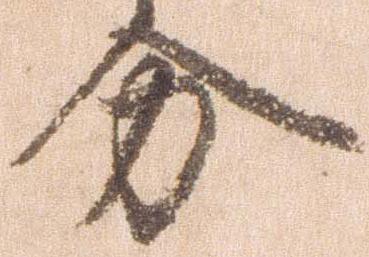
分